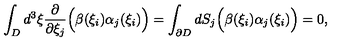
\displaystyle \int _ { D } d ^ { 3 } \xi \frac { \partial } { \partial \xi _ { j } } \Bigl ( \beta ( \xi _ { i } ) \alpha _ { j } ( \xi _ { i } ) \Bigr ) = \int _ { \partial D } d S _ { j } \Bigl ( \beta ( \xi _ { i } ) \alpha _ { j } ( \xi _ { i } ) \Bigr ) = 0 ,